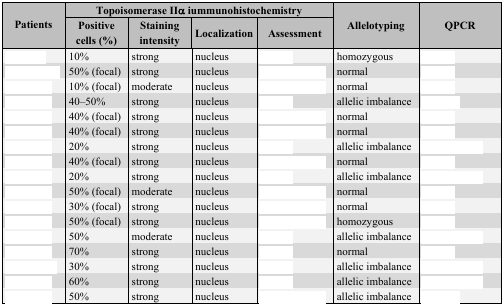
<table><thead><tr><td rowspan="2"><b>Patients</b></td><td colspan="4"><b>Topoisomerase IIα iummunohistochemistry</b></td><td rowspan="2"><b>Allelotyping</b></td><td rowspan="2"><b>QPCR</b></td></tr><tr><td><b>Positive cells (%)</b></td><td><b>Staining intensity</b></td><td><b>Localization</b></td><td><b>Assessment</b></td></tr></thead><tbody><tr><td>[EMPTY_CELL]</td><td>10%</td><td>strong</td><td>nucleus</td><td>[EMPTY_CELL]</td><td>homozygous</td><td>[EMPTY_CELL]</td></tr><tr><td>[EMPTY_CELL]</td><td>50% (focal)</td><td>strong</td><td>nucleus</td><td>[EMPTY_CELL]</td><td>normal</td><td>[EMPTY_CELL]</td></tr><tr><td>[EMPTY_CELL]</td><td>10% (focal)</td><td>moderate</td><td>nucleus</td><td>[EMPTY_CELL]</td><td>normal</td><td>[EMPTY_CELL]</td></tr><tr><td>[EMPTY_CELL]</td><td>40–50% </td><td>strong</td><td>nucleus</td><td>[EMPTY_CELL]</td><td>allelic imbalance</td><td>[EMPTY_CELL]</td></tr><tr><td>[EMPTY_CELL]</td><td>40% (focal)</td><td>strong</td><td>nucleus</td><td>[EMPTY_CELL]</td><td>normal</td><td>[EMPTY_CELL]</td></tr><tr><td>[EMPTY_CELL]</td><td>40% (focal)</td><td>strong</td><td>nucleus</td><td>[EMPTY_CELL]</td><td>normal</td><td>[EMPTY_CELL]</td></tr><tr><td>[EMPTY_CELL]</td><td>20%</td><td>strong</td><td>nucleus</td><td>[EMPTY_CELL]</td><td>allelic imbalance</td><td>[EMPTY_CELL]</td></tr><tr><td>[EMPTY_CELL]</td><td>40% (focal)</td><td>strong</td><td>nucleus</td><td>[EMPTY_CELL]</td><td>normal</td><td>[EMPTY_CELL]</td></tr><tr><td>[EMPTY_CELL]</td><td>20%</td><td>strong</td><td>nucleus</td><td>[EMPTY_CELL]</td><td>allelic imbalance</td><td>[EMPTY_CELL]</td></tr><tr><td>[EMPTY_CELL]</td><td>50% (focal)</td><td>moderate</td><td>nucleus</td><td>[EMPTY_CELL]</td><td>normal</td><td>[EMPTY_CELL]</td></tr><tr><td>[EMPTY_CELL]</td><td>30% (focal)</td><td>strong</td><td>nucleus</td><td>[EMPTY_CELL]</td><td>normal</td><td>[EMPTY_CELL]</td></tr><tr><td>[EMPTY_CELL]</td><td>50% (focal)</td><td>strong</td><td>nucleus</td><td>[EMPTY_CELL]</td><td>homozygous</td><td>[EMPTY_CELL]</td></tr><tr><td>[EMPTY_CELL]</td><td>50%</td><td>moderate</td><td>nucleus</td><td>[EMPTY_CELL]</td><td>allelic imbalance</td><td>[EMPTY_CELL]</td></tr><tr><td>[EMPTY_CELL]</td><td>70%</td><td>strong</td><td>nucleus</td><td>[EMPTY_CELL]</td><td>normal</td><td>[EMPTY_CELL]</td></tr><tr><td>[EMPTY_CELL]</td><td>30%</td><td>strong</td><td>nucleus</td><td>[EMPTY_CELL]</td><td>allelic imbalance</td><td>[EMPTY_CELL]</td></tr><tr><td>[EMPTY_CELL]</td><td>60%</td><td>strong</td><td>nucleus</td><td>[EMPTY_CELL]</td><td>allelic imbalance</td><td>[EMPTY_CELL]</td></tr><tr><td>[EMPTY_CELL]</td><td>50%</td><td>strong</td><td>nucleus</td><td>[EMPTY_CELL]</td><td>allelic imbalance</td><td>[EMPTY_CELL]</td></tr></tbody></table>